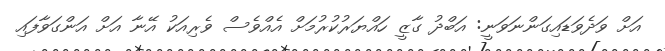
އަށް ވަދެވަޑައިގަންނަވަނީ: އަބްދު ގާޒީ ހައްޔަރުކުރުމަށް އެއްވެސް ވެރިއަކު އޭނާ އަށް އަންގަވާފައި